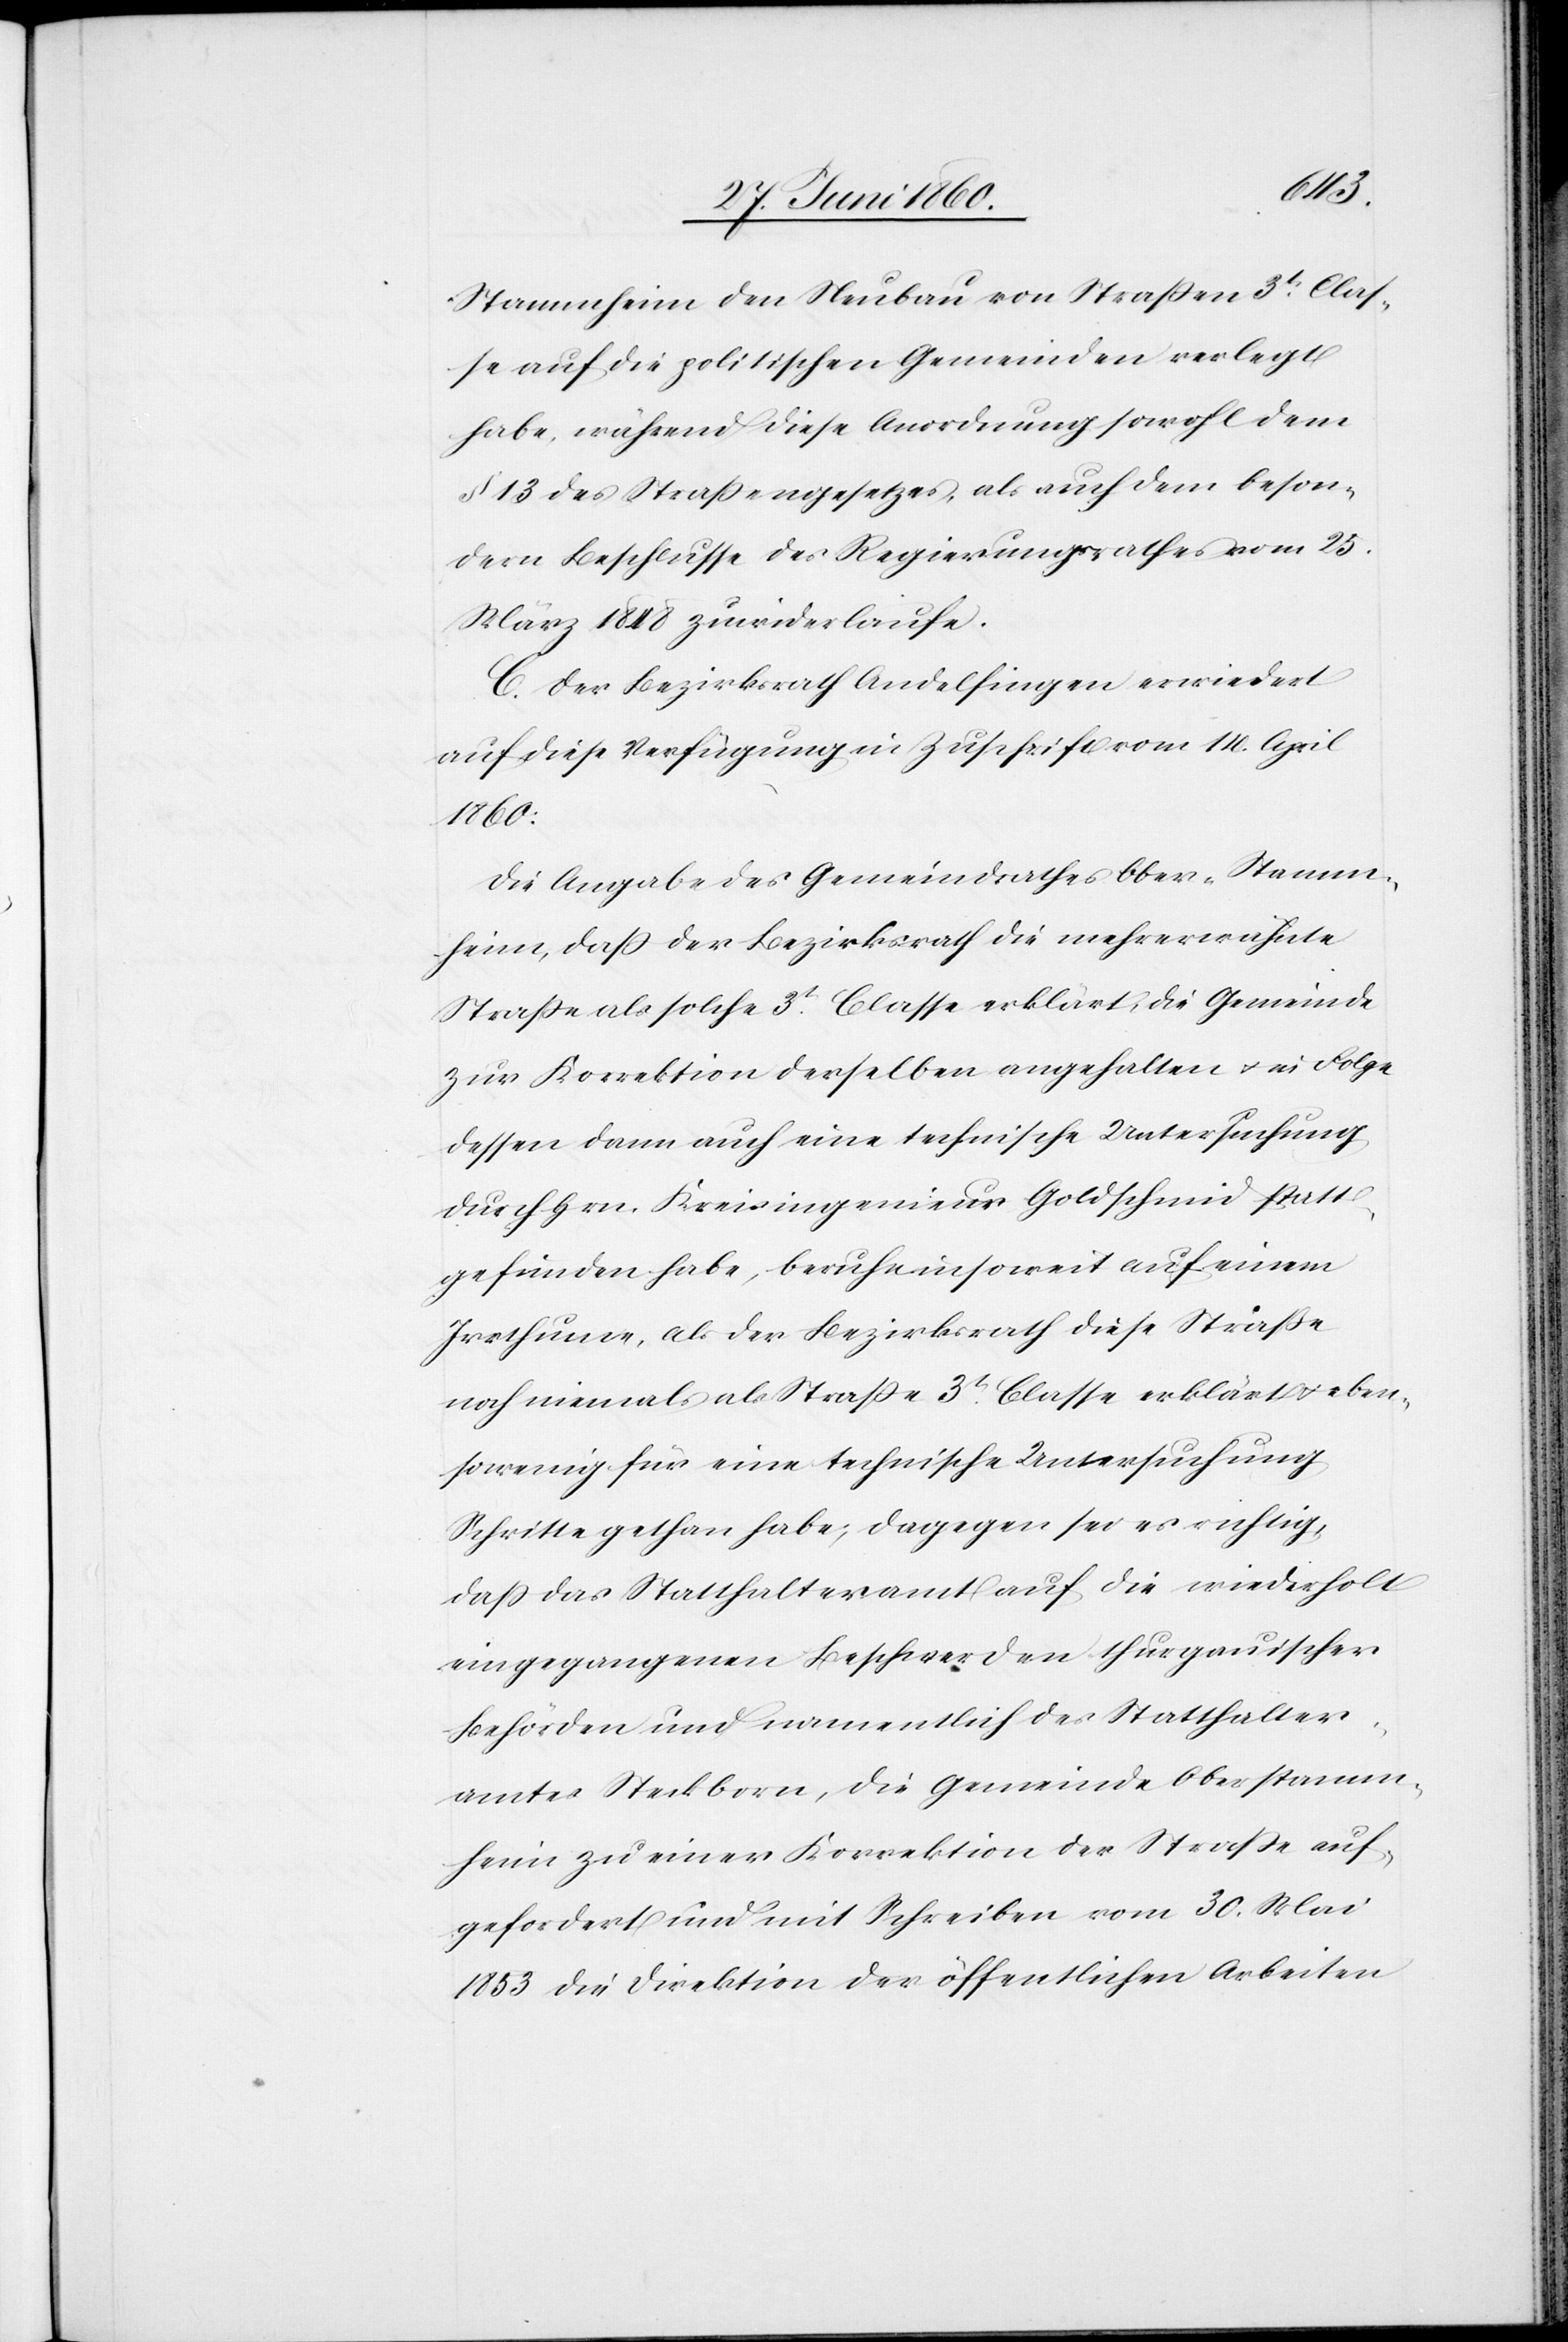
Unt¬
erstammheim den Neubau von Strassen 3t Clas¬
se auf die politischen Gemeinden verlegt
habe, während diese Anordnung sowohl dem
§. 13. des Strassengesetzes, als auch dem beson¬
dern Beschlusse des Regierungsrathes vom 25.
März 1848 zuwiderlaufe.
C. Der Bezirksrath Andelfingen erwiedert
auf diese Verfügung in Zuschrift vom 14. April
1860:
Die Angabe des Gemeindrathes Ober-Stamm¬
heim, dass der Bezirksrath die mehrerwähnte
Strasse als solche 3t Classe erklärt, die Gemeinde
zur Korrektion derselben angehalten u. in Folge
dessen dann auch eine technische Untersuchung
durch Hrn. Kreisingenieur Goldschmid statt¬
gefunden habe, beruhe insoweit auf einem
Irrthume, als der Bezirksrath diese Straße
noch niemals als Strasse 3t Classe erklärt u. eben¬
sowenig für eine technische Untersuchung
Schritte gethan habe; dagegen sei es richtig,
dass das Statthalteramt auf die wiederholt
eingegangenen Beschwerden thurgauischer
Behörden und namentlich des Statthalter¬
amtes Steckborn, die Gemeinde Oberstamm¬
heim zu einer Korrektion der Strasse auf¬
gefordert und mit Schreiben vom 30. Mai
1853 die Direktion der öffentlichen Arbeiten